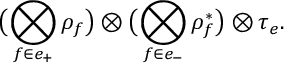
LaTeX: \bigl ( \bigotimes _ { f \in e _ { + } } \rho _ { f } \bigr ) \otimes \bigl ( \bigotimes _ { f \in e _ { - } } \rho _ { f } ^ { \ast } \bigr ) \otimes \tau _ { e } .